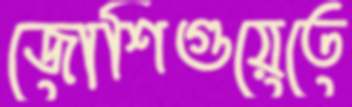
জোশিগুয়েতে